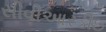
સીવીઆરડીઇ